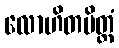
လောဟိတပိတ္တံ